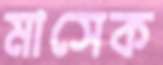
মাসেক